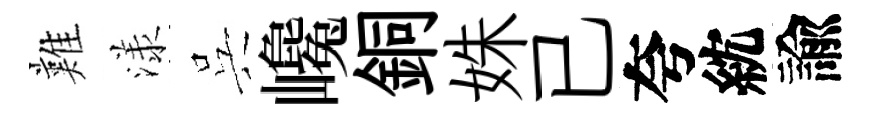
難漾呉巉銅姝已夸紞諭